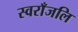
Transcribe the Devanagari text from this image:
स्वराँजलि